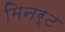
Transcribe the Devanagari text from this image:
मिनर्ट